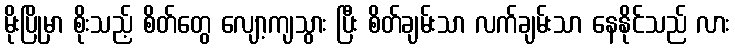
မိုးပြိုမှာ စိုးသည့် စိတ်တွေ လျော့ကျသွား ပြီး စိတ်ချမ်းသာ လက်ချမ်းသာ နေနိုင်သည် လား